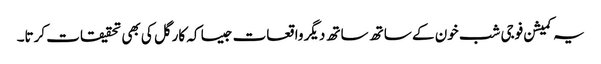
یہ کمیشن فوجی شب خون کے ساتھ ساتھ دیگر واقعات جیسا کہ کارگل کی بھی تحقیقات کرتا۔